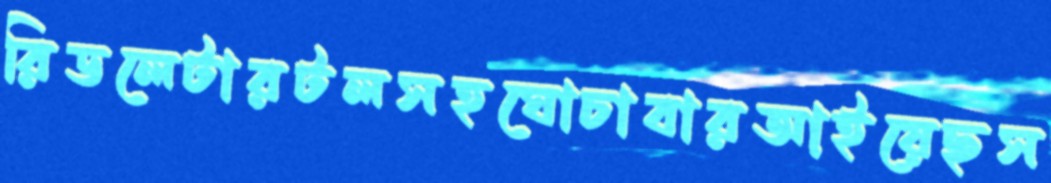
রিডলেটারটলসহঘোচাবারআইয়েছস